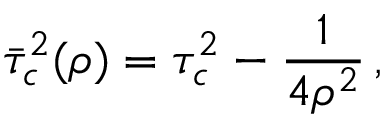
\bar { \tau } _ { c } ^ { 2 } ( \rho ) = \tau _ { c } ^ { 2 } - \frac { 1 } { 4 \rho ^ { 2 } } \, { , }